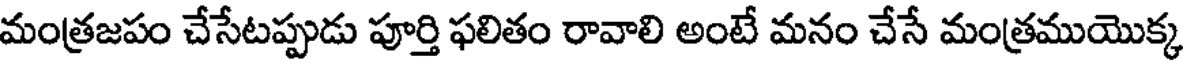
మంత్రజపం చేసేటప్పుడు పూర్తి ఫలితం రావాలి అంటే మనం చేసే మంత్రముయొక్క